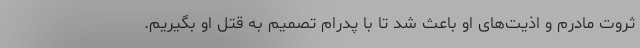
ثروت مادرم و اذیت‌های او باعث شد تا با پدرام تصمیم به قتل او بگیریم.